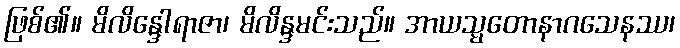
ဖြစ်၏။ မိလိန္ဒေါရာဇာ၊ မိလိန္ဒမင်းသည်။ အာယသ္မတောနာဂသေနဿ၊